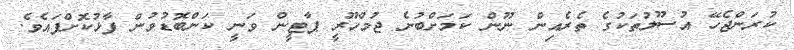
ކުރަންޖެހޭ އުސޫލުތަކުގެ ތެރެއިން ނޫން ކަމަށްބުނެ ޖުމްހޫރީ ޕާޓީން ވަނީ ކަންބޮޑުވުން ފާޅުކޮށްފައެވެ.